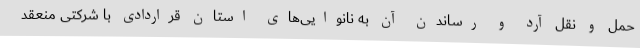
حمل و نقل آرد و رساندن آن به نانوایی‌های استان قراردادی با شرکتی منعقد